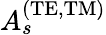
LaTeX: A_{s}^{\mathrm{(TE,TM)}}